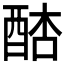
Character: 𨡋